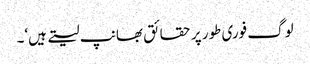
لوگ فوری طور پر حقائق بھانپ لیتے ہیں‘۔